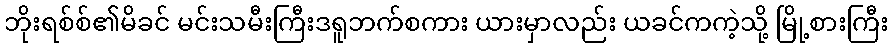
ဘိုးရစ်စ်၏မိခင် မင်းသမီးကြီးဒရူဘက်စကား ယားမှာလည်း ယခင်ကကဲ့သို့ မြို့စားကြီး